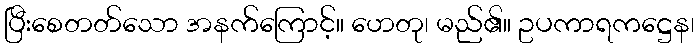
ပြီးစေတတ်သော အနက်ကြောင့်။ ဟေတု၊ မည်၏။ ဥပကာရကဋ္ဌေန၊